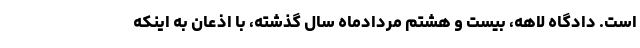
است. دادگاه لاهه، بیست و هشتم مردادماه سال گذشته، با اذعان به اینکه